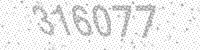
Solution: 316077